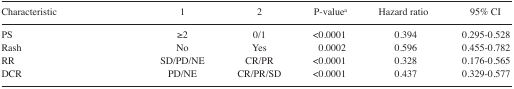
| Characteristic | 1 | 2 | P-valuea | Hazard ratio | 95% CI |
 | --- | --- | --- | --- | --- | --- |
 | PS | ≥2 | 0/1 | <0.0001 | 0.394 | 0.295–0.528 |
 | Rash | No | Yes | 0.0002 | 0.596 | 0.455–0.782 |
 | RR | SD/PD/NE | CR/PR | <0.0001 | 0.328 | 0.176–0.565 |
 | DCR | PD/NE | CR/PR/SD | <0.0001 | 0.437 | 0.329–0.577 |